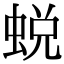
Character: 蜕